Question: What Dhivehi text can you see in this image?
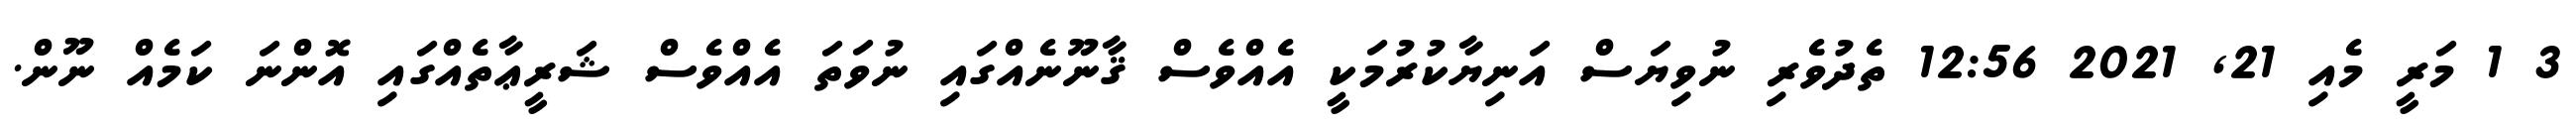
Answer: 3 1 މަރީ މެއި 21, 2021 12:56 ތެދުވެރި ނުވިޔަސް އަނިޔާކުރުމަކީ އެއްވެސް ޤާނޫނެއްގައި ނުވަތަ އެއްވެސް ޝަރީޢާތެއްގައި އޮންނަ ކަމެއް ނޫން.